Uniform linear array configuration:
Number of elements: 24
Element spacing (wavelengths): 1
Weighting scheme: binomial
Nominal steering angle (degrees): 0
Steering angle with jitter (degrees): -1.957
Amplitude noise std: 0.05
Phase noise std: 0.05

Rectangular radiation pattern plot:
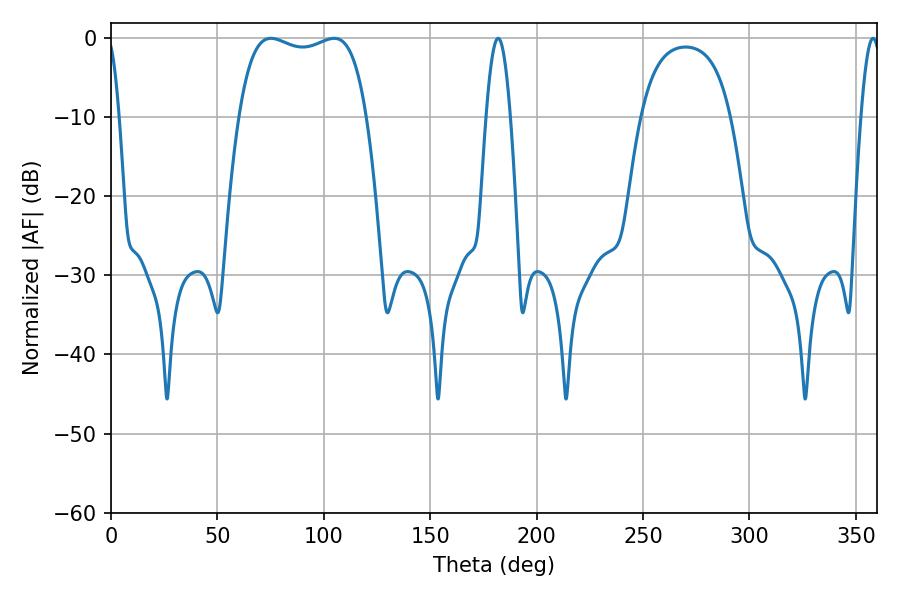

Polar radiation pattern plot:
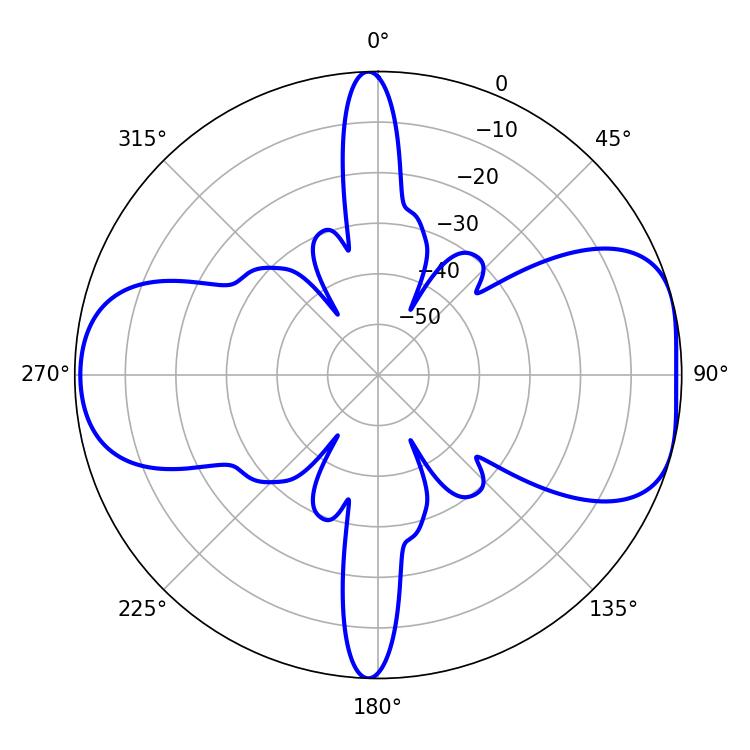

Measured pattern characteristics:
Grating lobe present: TRUE
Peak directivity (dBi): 7.296
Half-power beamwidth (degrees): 48.24
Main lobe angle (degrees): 75.06